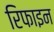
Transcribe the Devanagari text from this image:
रिफाइन